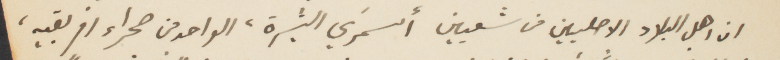
ان اهل البلاد الاصليين من شعبين أسمرَي البشرة، الواحد من صحراء افريقية،